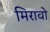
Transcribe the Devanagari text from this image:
मिरावो